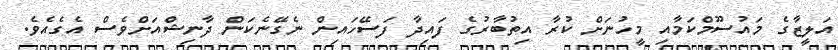
އަލީޒާގެ މައުސޫމްކަމާއި މީހުނަށް ކުރާ އިތުބާރުގެ ފައިދާ ފަސޭހައިން ނެގޭނެކަން ދާނިޝްއަށްވެސް އެގެއެވެ.